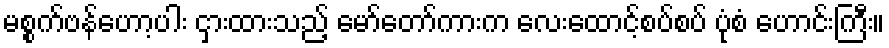
မစ္စက်ဗန်ဟော့ပါး ငှားထားသည့် မော်တော်ကားက လေးထောင့်စပ်စပ် ပုံစံ ဟောင်းကြီး။